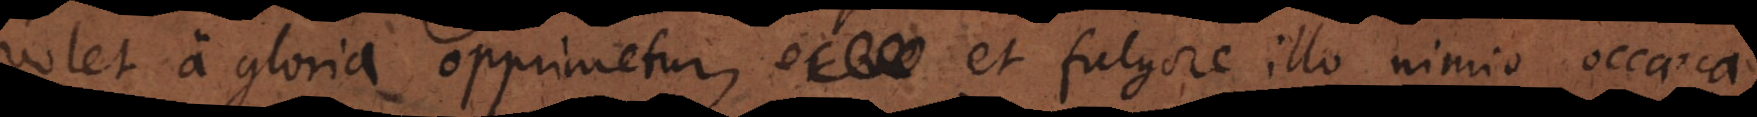
volet, a gloria opprimetur ac fulgore illo nimio occaeca